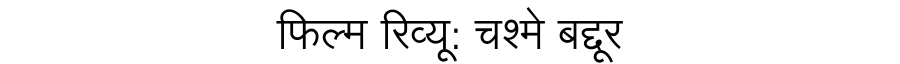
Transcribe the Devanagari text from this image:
फिल्म रिव्यू: चश्मे बद्दूर